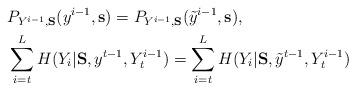
LaTeX: \begin{align*} & P_{Y^{i-1}, {\bf S} } (y^{i-1}, {\bf s} ) = P_{Y^{i-1}, {\bf S} } (\tilde{y}^{i-1}, {\bf s} ), \\&\sum_{i=t}^L H(Y_i | {\bf S}, y^{t-1}, Y_t^{i-1}) = \sum_{i=t}^L H(Y_i | {\bf S}, \tilde{y}^{t-1}, Y_t^{i-1}) \end{align*}